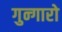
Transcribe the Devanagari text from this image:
गुन्गारो